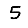
Digit: 5